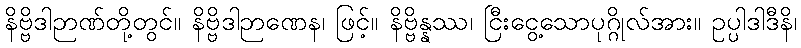
နိဗ္ဗိဒါဉာဏ်တို့တွင်။ နိဗ္ဗိဒါဉာဏေန၊ ဖြင့်။ နိဗ္ဗိန္နဿ၊ ငြီးငွေ့သောပုဂ္ဂိုလ်အား။ ဥပ္ပါဒါဒီနိ၊